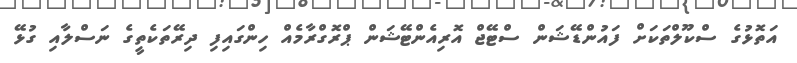
އަތޮޅުގެ ސްކޫލްތަކަށް ފައުންޑޭޝަން ސްޓޭޖް އޮރިއެންޓޭޝަން ޕްރޮގްރާމެއް ހިންގައިފި ދިރޭތަކެތީގެ ނަސްލާއި ގުޅޭ